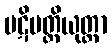
ပဋိပတ္တိယုတ္တာ